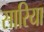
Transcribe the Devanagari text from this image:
सारिया